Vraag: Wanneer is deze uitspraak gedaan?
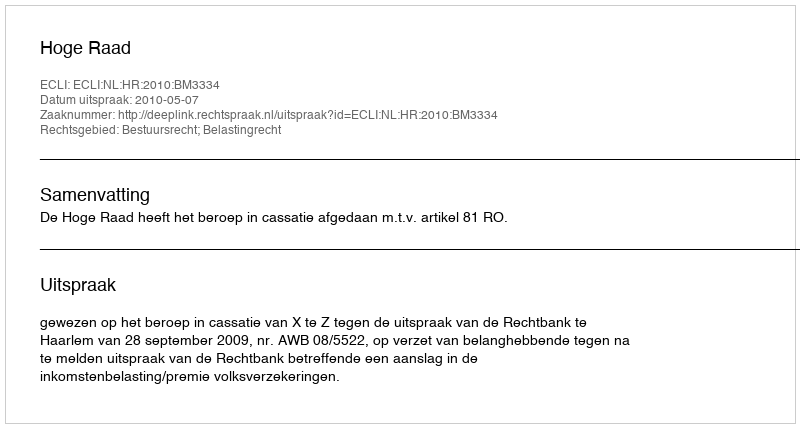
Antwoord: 2010-05-07